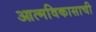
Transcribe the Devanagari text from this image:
आत्मविकासाची